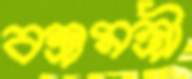
বস্ত্রমন্ত্রী